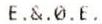
E.&.0.E.